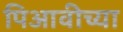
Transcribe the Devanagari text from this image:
पिआवीच्या